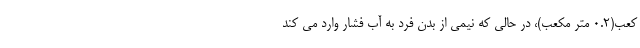
کعب(۰.۲ متر مکعب)، در حالی که نیمی از بدن فرد به آب فشار وارد می کند